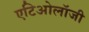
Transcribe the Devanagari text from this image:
एटिओलॉजी